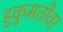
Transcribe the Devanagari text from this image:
हुकुमतीवर